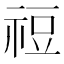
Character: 䄈